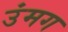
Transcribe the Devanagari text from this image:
उंमग